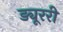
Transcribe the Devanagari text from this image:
ड्यूररी